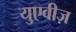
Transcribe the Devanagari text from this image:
युएवीज़